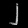
Digit: ၂